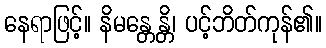
နေရာဖြင့်။ နိမန္တေန္တိ၊ ပင့်ဘိတ်ကုန်၏။